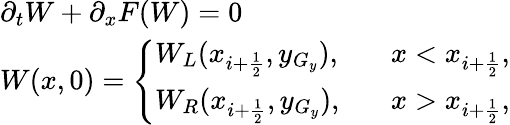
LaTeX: \begin{array}{ll}{\partial_{t}W+\partial_{x}F(W)=0}\\ {W(x,0)=\left\{ \begin{array}{ll}{W_{L}(x_{i+\frac{1}{2}},y_{G_{y}}),}&{\; \; \; x<x_{i+\frac{1}{2}},}\\ {W_{R}(x_{i+\frac{1}{2}},y_{G_{y}}),}&{\; \; \; x>x_{i+\frac{1}{2}},}\end{array}\right.}\end{array}